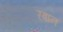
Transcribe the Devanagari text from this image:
रबान